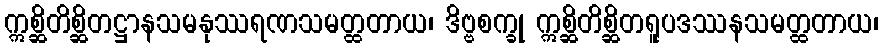
ဣစ္ဆိတိစ္ဆိတဋ္ဌာနသမနုဿရဏသမတ္ထတာယ၊ ဒိဗ္ဗစက္ခု ဣစ္ဆိတိစ္ဆိတရူပဒဿနသမတ္ထတာယ၊